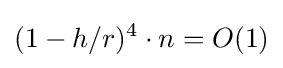
(1-h/r)^{4}\cdot n=O(1)